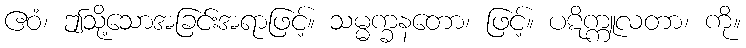
ဧဝံ၊ ဤသို့သောအခြင်းအရာဖြင့်။ သမ္မက္ခနတော၊ ဖြင့်။ ပဋိက္ကူလတာ၊ ကို။